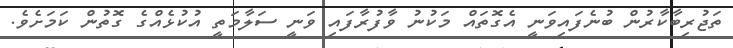
ތަޖުރިބާކާރުން ބުނެފައިވަނީ އެގޮތައް މަކުނު ވާފުރާފައި ވަނީ ސަލާމަތީ އުކުޅެއްގެ ގޮތުން ކަމަށެވެ.